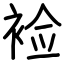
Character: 裣